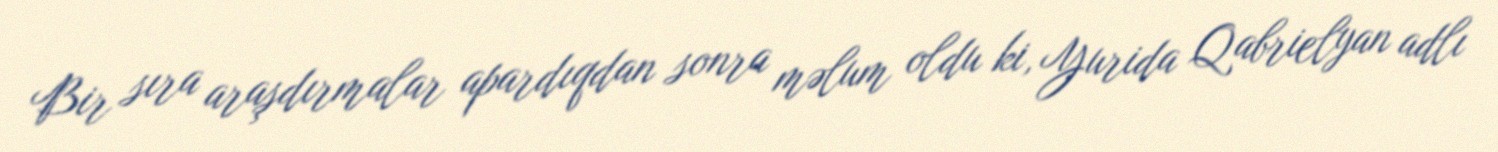
Bir sıra araşdırmalar apardıqdan sonra məlum oldu ki, Yurida Qabrielyan adlı